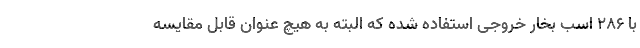
با 286 اسب بخار خروجی استفاده شده که البته به هیچ عنوان قابل مقایسه